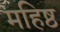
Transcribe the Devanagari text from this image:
महिष्ठ